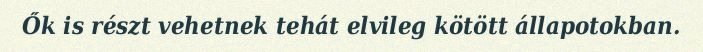
Ők is részt vehetnek tehát elvileg kötött állapotokban.